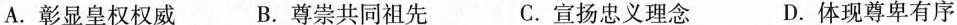
A.彰显皇权权威 B.尊崇共同祖先 C.宣扬忠义理念 D.体现尊卑有序